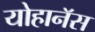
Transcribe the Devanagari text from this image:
योहानॅस